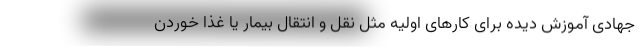
جهادی آموزش دیده برای کارهای اولیه مثل نقل و انتقال بیمار یا غذا خوردن